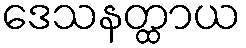
ဒေသနတ္ထာယ